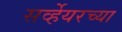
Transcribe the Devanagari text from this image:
सर्व्हेयरच्या